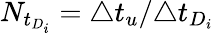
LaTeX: N_{t_{D_{i}}}=\triangle t_{u}/\triangle t_{D_{i}}